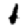
Digit: 1